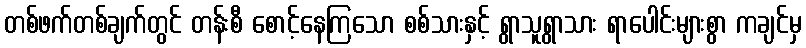
တစ်ဖက်တစ်ချက်တွင် တန်းစီ စောင့်နေကြသော စစ်သားနှင့် ရွာသူရွာသား ရာပေါင်းများစွာ ကချင်မှ